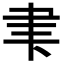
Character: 𮌁